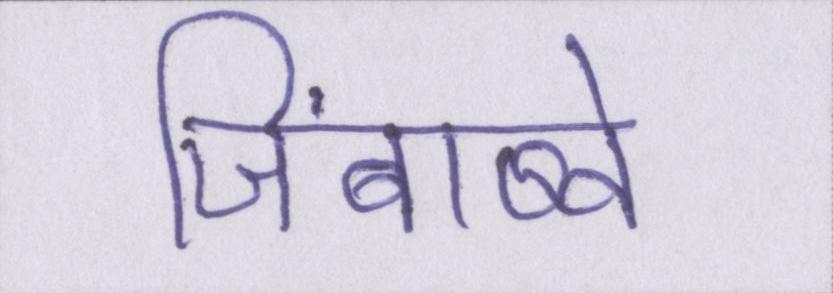
जिंबाब्वे